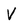
Character: V